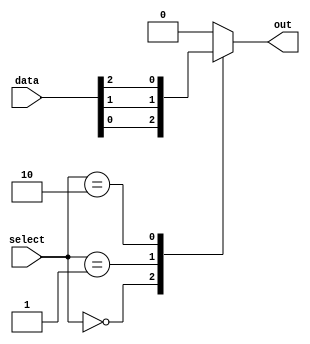
module mux64to1(
    input wire [63:0] data,
    input wire [5:0] select,
    output reg out
);

always @*
begin
    case(select)
        6'b000000: out = data[0];
        6'b000001: out = data[1];
        6'b000010: out = data[2];
        // and so on for all 64 input data lines
        default: out = 1'b0; // default output in case of invalid select input
    endcase
end

endmodule